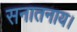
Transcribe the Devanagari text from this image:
सनातनाय।